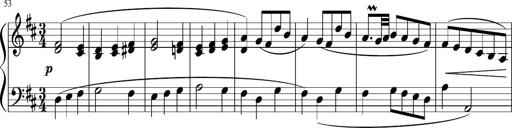
Title: 12 Keyboard Sonatinas
Composer: James Hook